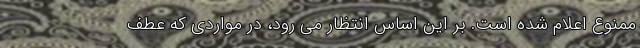
ممنوع اعلام شده است. بر این اساس انتظار می رود، در مواردی که عطف